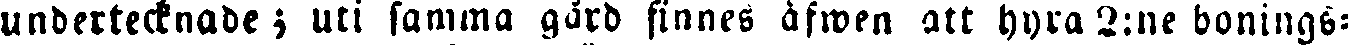
undertecknade; uti samma gård finnes äfwen att hyra 2:ne bonings-